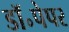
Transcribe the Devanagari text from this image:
डॉ॰पेपर